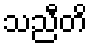
သညီတိ